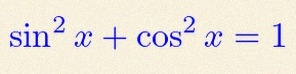
\sin^2x+\cos^2x=1